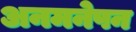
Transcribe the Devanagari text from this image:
अनमनेपन